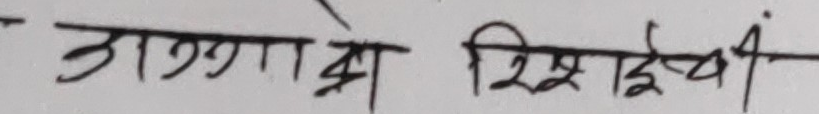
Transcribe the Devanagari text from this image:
अगणो रिक्षाचीं